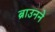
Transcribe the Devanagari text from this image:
ब्राउनने